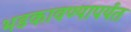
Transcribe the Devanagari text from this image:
भडकावण्यापर्यंत